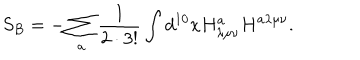
S _ { B } = - \sum _ { a } \frac { 1 } { 2 \cdot 3 ! } \int d ^ { 1 0 } x H _ { \lambda \mu \nu } ^ { a } H ^ { a \lambda \mu \nu } .